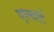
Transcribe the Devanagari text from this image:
एल्वार्ट